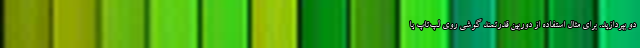
دو بپردازید. برای مثال استفاده از دوربین قدرتمند گوشی روی لپ‌تاپ یا